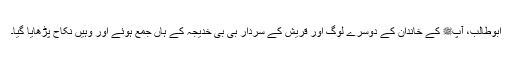
ابوطالب، آپﷺ کے خاندان کے دوسرے لوگ اور قریش کے سردار بی بی خدیجہ کے ہاں جمع ہوئے اور وہیں نکاح پڑھایا گیا۔